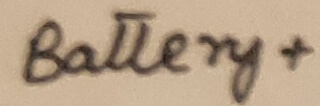
Text: Battery+